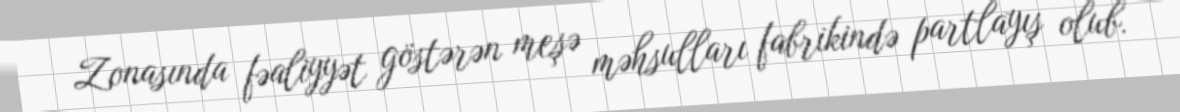
Zonasında fəaliyyət göstərən meşə məhsulları fabrikində partlayış olub.